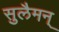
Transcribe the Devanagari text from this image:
सुलैमन्